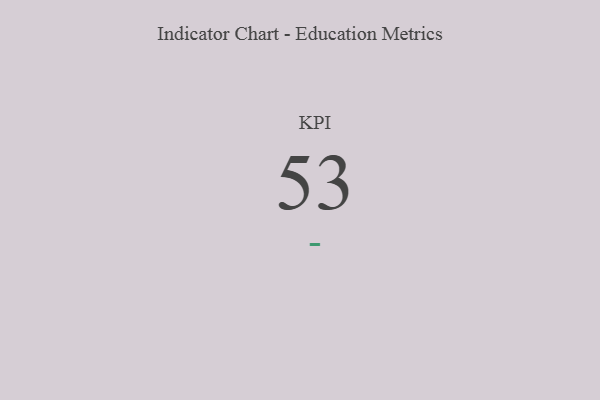
{"axis": {"x": "KPI", "y": "Value"}, "legend": [""], "data": [{"x": "KPI", "y": 53, "type": ""}]}